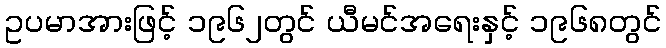
ဥပမာအားဖြင့် ၁၉၆၂တွင် ယီမင်အရေးနှင့် ၁၉၆၈တွင်